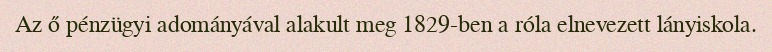
Az ő pénzügyi adományával alakult meg 1829-ben a róla elnevezett lányiskola.